Indian journal of veterinary science and animal husbandry - Volume 9,
Year: 1939
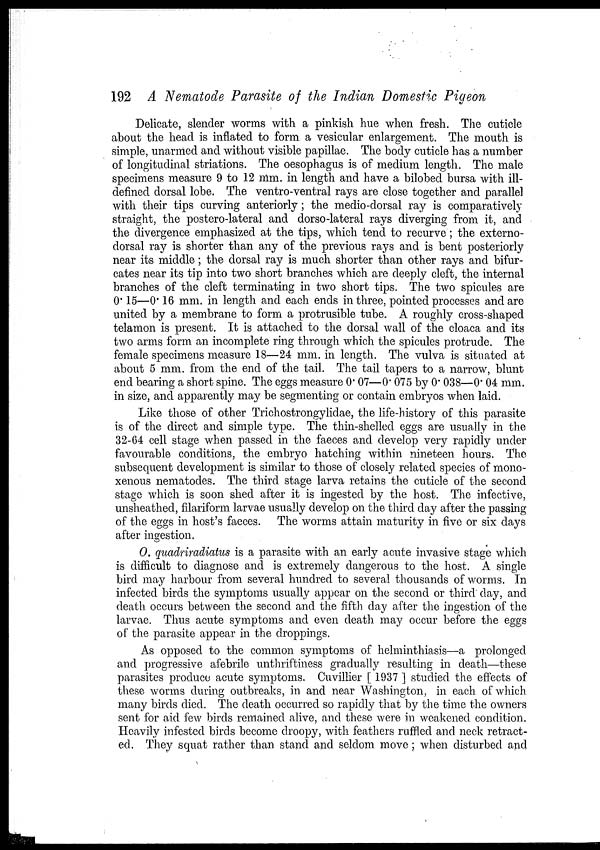
192 A Nematode Parasite of the Indian Domestic Pigeon
Delicate, slender worms with a pinkish hue when fresh. The cuticle
about the head is inflated to form a vesicular enlargement. The mouth is
simple, unarmed and without visible papillae. The body cuticle has a number
of longitudinal striations. The oesophagus is of medium length. The male
specimens measure 9 to 12 mm. in length and have a bilobed bursa with ill-
defined dorsal lobe. The ventro-ventral rays are close together and parallel
with their tips curving anteriorly; the medio-dorsal ray is comparatively
straight, the postero-lateral and dorso-lateral rays diverging from it, and
the divergence emphasized at the tips, which tend to recurve; the externo-
dorsal ray is shorter than any of the previous rays and is bent posteriorly
near its middle; the dorsal ray is much shorter than other rays and bifur-
cates near its tip into two short branches which are deeply cleft, the internal
branches of the cleft terminating in two short tips. The two spicules are
0.15—0.16 mm. in length and each ends in three, pointed processes and are
united by a membrane to form a protrusible tube. A roughly cross-shaped
telamon is present. It is attached to the dorsal wall of the cloaca and its
two arms form an incomplete ring through which the spicules protrude. The
female specimens measure 18—24 mm. in length. The vulva is situated at
about 5 mm. from the end of the tail. The tail tapers to a narrow, blunt
end bearing a short spine. The eggs measure 0.07—0.075 by 0.038—0.04 mm.
in size, and apparently may be segmenting or contain embryos when laid.
Like those of other Trichostrongylidae, the life-history of this parasite
is of the direct and simple type. The thin-shelled eggs are usually in the
32-64 cell stage when passed in the faeces and develop very rapidly under
favourable conditions, the embryo hatching within nineteen hours. The
subsequent development is similar to those of closely related species of mono¬
xenous nematodes. The third stage larva retains the cuticle of the second
stage which is soon shed after it is ingested by the host. The infective,
unsheathed, filariform larvae usually develop on the third day after the passing
of the eggs in host's faeces. The worms attain maturity in five or six days
after ingestion.
O. quadriradiatus is a parasite with an early acute invasive stage which
is difficult to diagnose and is extremely dangerous to the host. A single
bird may harbour from several hundred to several thousands of worms. In
infected birds the symptoms usually appear on the second or third day, and
death occurs between the second and the fifth day after the ingestion of the
larvae. Thus acute symptoms and even death may occur before the eggs
of the parasite appear in the droppings.
As opposed to the common symptoms of helminthiasis—a prolonged
and progressive afebrile unthriftiness gradually resulting in death—these
parasites produce acute symptoms. Cuvillier [ 1937 ] studied the effects of
these worms during outbreaks, in and near Washington, in each of which
many birds died. The death occurred so rapidly that by the time the owners
sent for aid few birds remained alive, and these were in weakened condition.
Heavily infested birds become droopy, with feathers ruffled and neck retract-
ed. They squat rather than stand and seldom move; when disturbed and